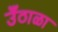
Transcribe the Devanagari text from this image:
उँठाळा